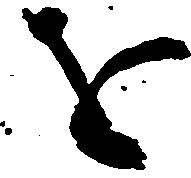
を